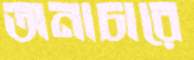
অনাচারে